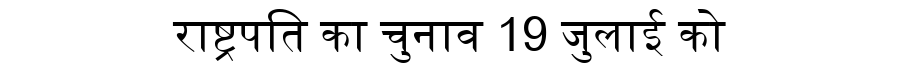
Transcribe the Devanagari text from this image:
राष्ट्रपति का चुनाव 19 जुलाई को